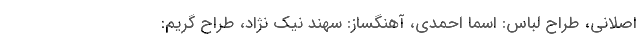
اصلانی، طراح لباس: اسما احمدی، آهنگساز: سهند نیک نژاد، طراح گریم: